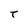
Character: T